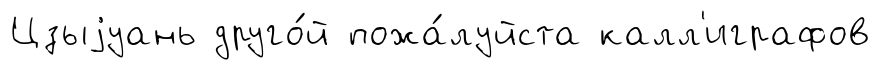
Цзыjуань друго́й пожа́луйста калл'играфов